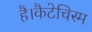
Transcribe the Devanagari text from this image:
है।कैटेचिस्म